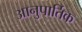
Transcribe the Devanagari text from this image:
आनुपार्तिक